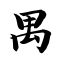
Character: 禺